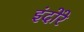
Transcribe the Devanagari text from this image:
इंदोरे